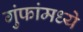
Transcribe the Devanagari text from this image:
गुंफांमध्ये